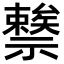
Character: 𥜖